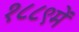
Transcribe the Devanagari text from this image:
१८८९में